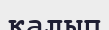
калып